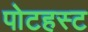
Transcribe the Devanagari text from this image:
पोटहस्ट